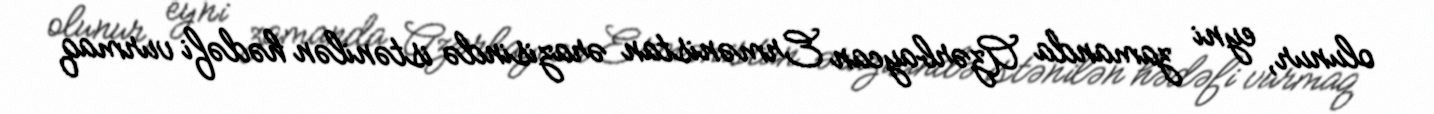
olunur, eyni zamanda Azərbaycan Ermənistan ərazisində istənilən hədəfi vurmaq